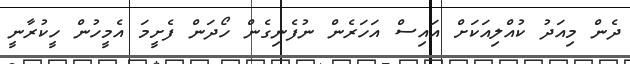
ދެން މިއަދު ކުއްލިއަކަށް އައިސް އަހަރެން ނުފެނިގެން ހޯދަން ފެށީމަ އެމީހުން ހީކުރާނީ